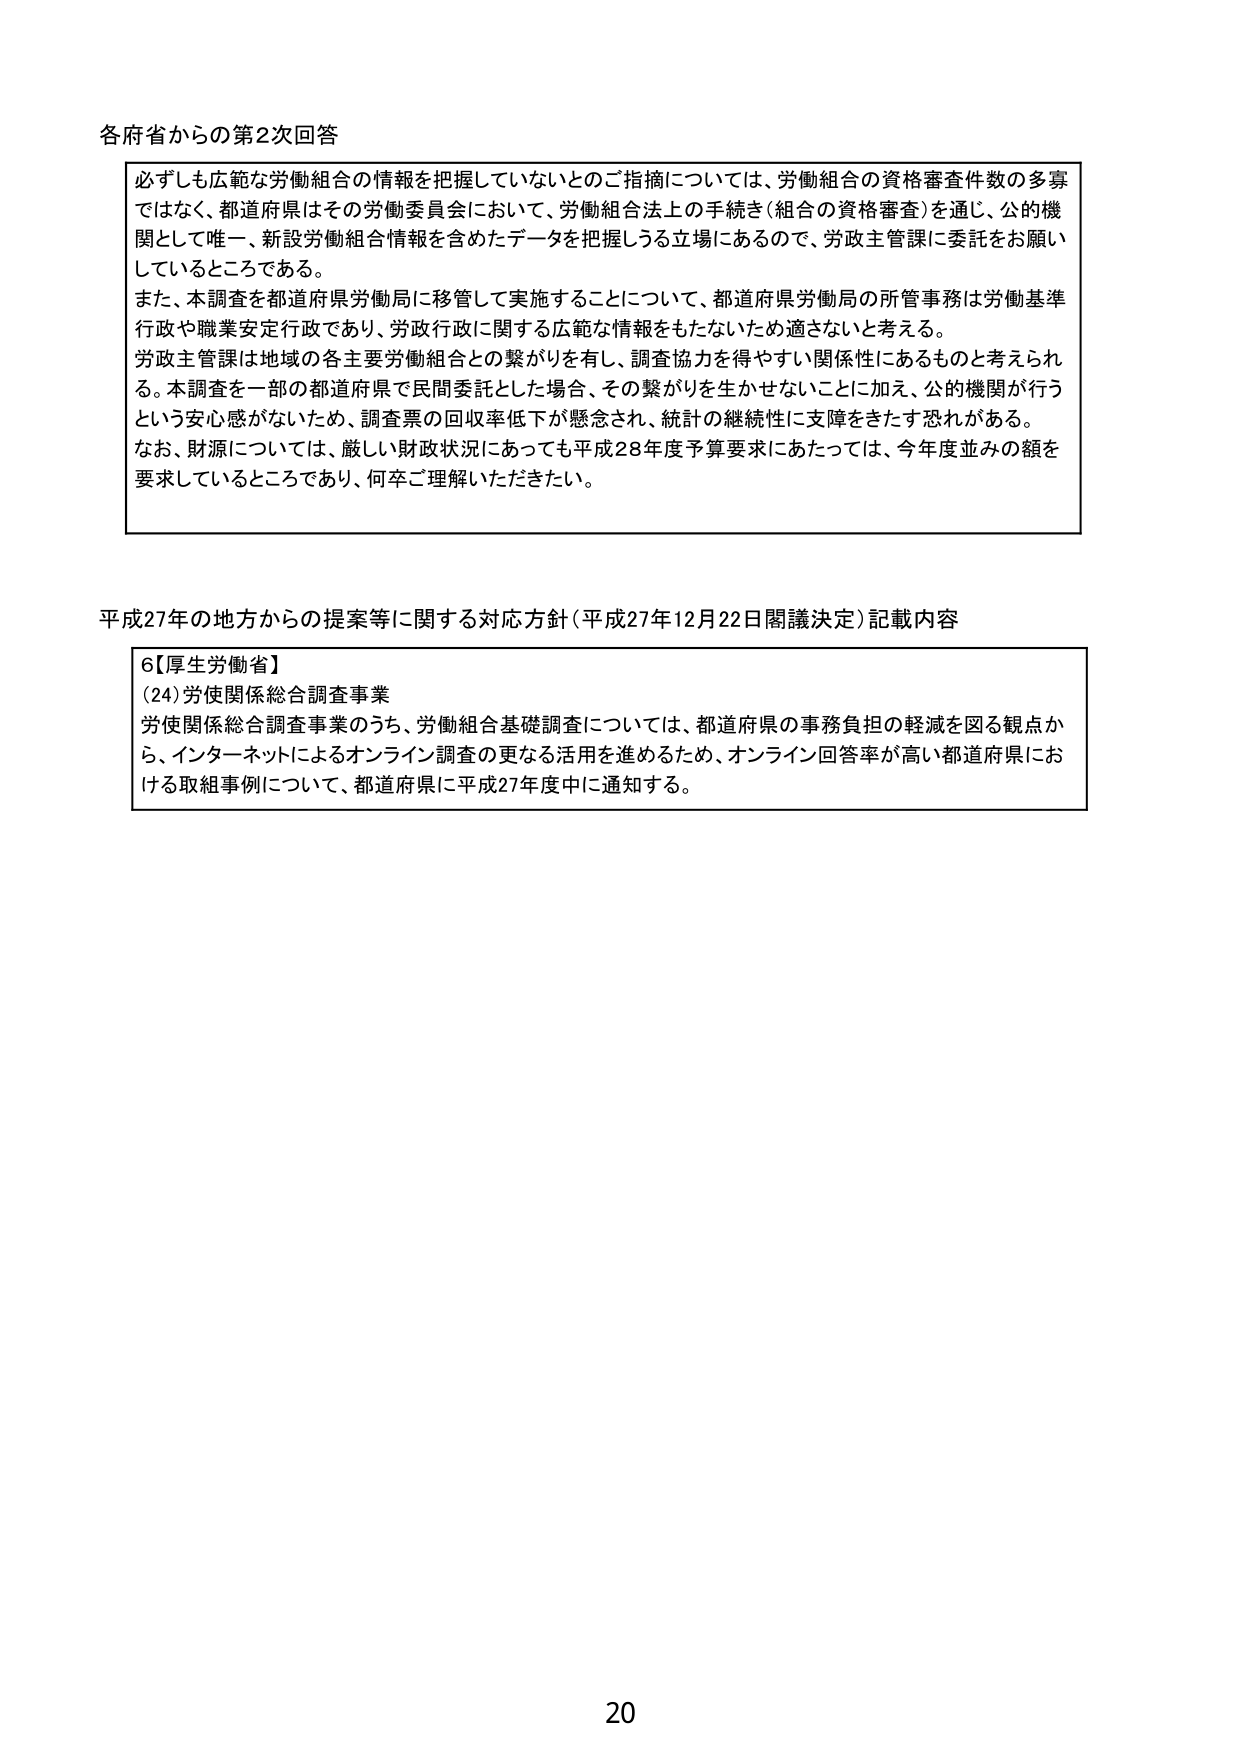
各府省からの第2次回答

必ずしも広範な労働組合の情報を把握していないとのご指摘については、労働組合の資格審査件数の多寡ではなく、都道府県はその労働委員会において、労働組合法上の手続き（組合の資格審査）を通じ、公的機関として唯一、新設労働組合情報を含めたデータを把握しうる立場にあるので、労政主管課に委託をお願いしているところである。

また、本調査を都道府県労働局に移管して実施することについて、都道府県労働局の所管事務は労働基準行政や職業安定行政であり、労政行政に関する広範な情報をもたないため適さないと考える。

労政主管課は地域の各主要労働組合との繋がりを有し、調査協力を得やすい関係性にあるものと考えられる。本調査を一部の都道府県で民間委託とした場合、その繋がりを生かせないことに加え、公的機関が行うという安心感がないため、調査票の回収率低下が懸念され、統計の継続性に支障をきたす恐れがある。

なお、財源については、厳しい財政状況にあっても平成28年度予算要求にあたっては、今年度並みの額を要求しているところであり、何卒ご理解いただきたい。

平成27年の地方からの提案等に関する対応方針（平成27年12月22日閣議決定）記載内容

6【厚生労働省】
(24)労使関係総合調査事業
労使関係総合調査事業のうち、労働組合基礎調査については、都道府県の事務負担の軽減を図る観点から、インターネットによるオンライン調査の更なる活用を進めるため、オンライン回答率が高い都道府県における取組事例について、都道府県に平成27年度中に通知する。

20